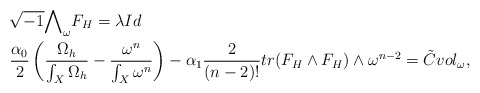
\begin{align*}&\sqrt{-1}{\bigwedge}_{\omega}F_{H}=\lambda Id\\&\frac{\alpha_{0}}{2}\left(\frac{\Omega_{h}}{\int_{X}\Omega_{h}}-\frac{\omega^{n}}{\int_{X}\omega^{n}}\right)-\alpha_{1}\frac{2}{(n-2)!}tr(F_{H}\wedge F_{H})\wedge\omega^{n-2}=\tilde{C}vol_{\omega},\end{align*}